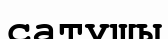
сатушы